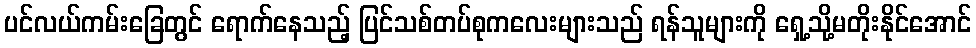
ပင်လယ်ကမ်းခြေတွင် ရောက်နေသည့် ပြင်သစ်တပ်စုကလေးများသည် ရန်သူများကို ရှေ့သို့မတိုးနိုင်အောင်